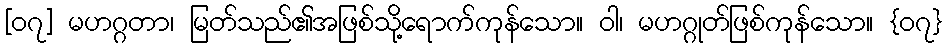
[၀၇] မဟဂ္ဂတာ၊ မြတ်သည်၏အဖြစ်သို့ရောက်ကုန်သော။ ဝါ၊ မဟဂ္ဂုတ်ဖြစ်ကုန်သော။ {၀၇}